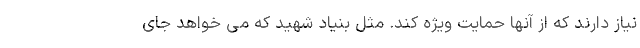
نیاز دارند که از آنها حمایت ویژه کند. مثل بنیاد شهید که می خواهد جای